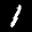
Label: 1